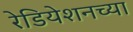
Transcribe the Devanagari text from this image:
रेडियेशनच्या